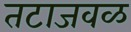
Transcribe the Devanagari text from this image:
तटाजवळ